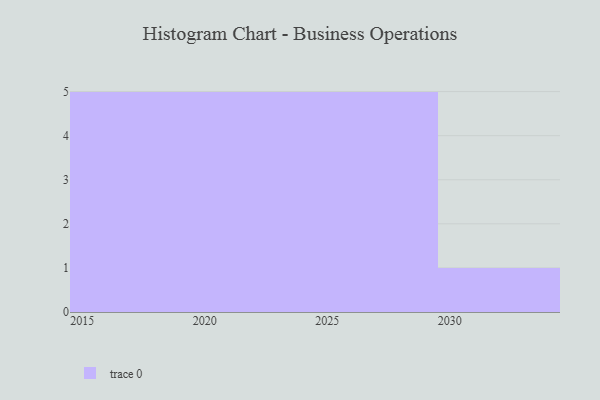
{"axis": {"x": "Year", "y": "Waste Production (Tons)"}, "legend": [""], "data": [{"x": "2024", "y": 81, "type": ""}, {"x": "2016", "y": 35, "type": ""}, {"x": "2021", "y": 58, "type": ""}, {"x": "2028", "y": 65, "type": ""}, {"x": "2026", "y": 20, "type": ""}, {"x": "2025", "y": 8, "type": ""}, {"x": "2029", "y": 78, "type": ""}, {"x": "2019", "y": 97, "type": ""}, {"x": "2027", "y": 90, "type": ""}, {"x": "2023", "y": 49, "type": ""}, {"x": "2030", "y": 56, "type": ""}, {"x": "2015", "y": 18, "type": ""}, {"x": "2017", "y": 12, "type": ""}, {"x": "2020", "y": 78, "type": ""}, {"x": "2022", "y": 58, "type": ""}, {"x": "2018", "y": 11, "type": ""}]}